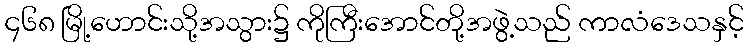
၄၆၈ မြို့ဟောင်းသို့အသွား၌ ကိုကြီးအောင်တို့အဖွဲ့သည် ကာလံဒေသနှင့်